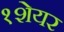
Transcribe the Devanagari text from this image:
१शेयर